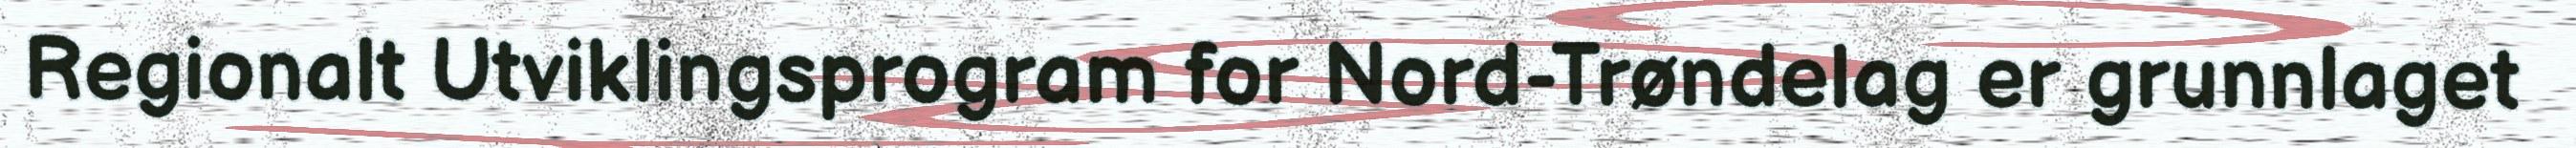
Regionalt Utviklingsprogram for Nord-Trøndelag er grunnlaget